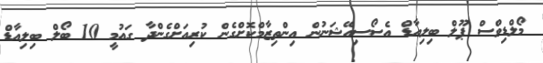
މޯލްޑިވްސް ޕޫލް ބިލިއާޑް އެސޯސިއޭޝަނުން އިންތިޒާމްކޮށްގެން ކުރިއަށްގެންދާ ގައުމީ 10 ބޯލް ބިލިއާޑް